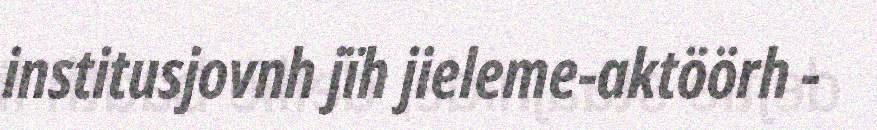
institusjovnh jïh jieleme-aktöörh -